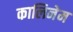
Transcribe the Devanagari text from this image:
कालिनेम